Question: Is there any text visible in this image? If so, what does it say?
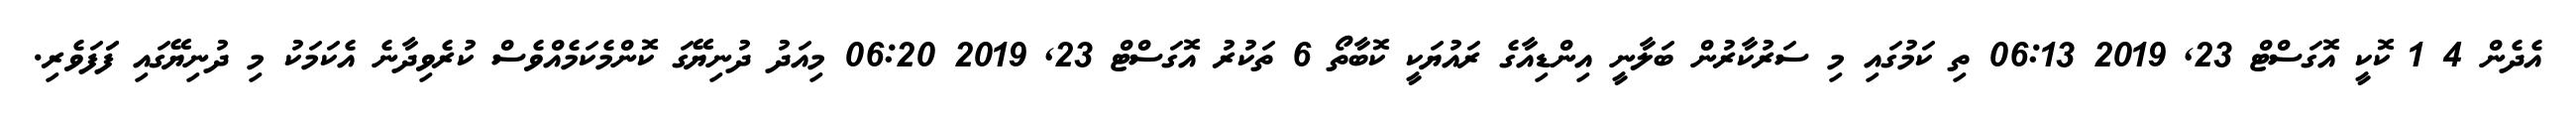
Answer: އެދެން 4 1 ކޮކީ އޮގަސްޓް 23, 2019 06:13 ތި ކަމުގައި މި ސަރުކާރުން ބަލާނީ އިންޑިއާގެ ރައުޔަކީ ކޮބާތޯ 6 ތަކުރު އޮގަސްޓް 23, 2019 06:20 މިއަދު ދުނިޔޭގަ ކޮންމެކަމެއްވެސް ކުރެވިދާނެ އެކަމަކު މި ދުނިޔޭގައި ފަަފަވެރި.